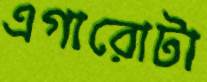
এগারোটা